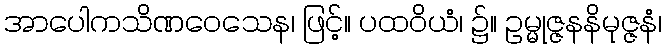
အာပေါကသိဏဝေသေန၊ ဖြင့်။ ပထဝိယံ၊ ၌။ ဥမ္မုဇ္ဇနနိမုဇ္ဇနံ၊